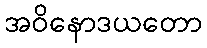
အဝိနောဒယတော